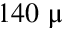
1 4 0 ~ \upmu